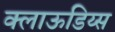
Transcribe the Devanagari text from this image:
क्लाऊडिय्स